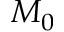
M _ { 0 }